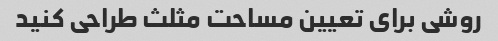
روشی برای تعیین مساحت مثلث طراحی کنید